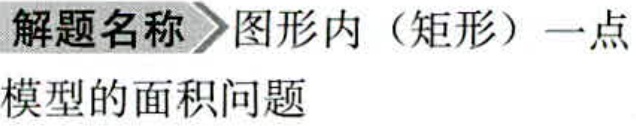
解题名称 \(\rhd\) 图形内（矩形）一点模型的面积问题